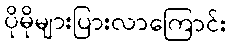
ပိုမိုများပြားလာကြောင်း